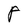
Character: P